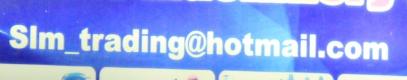
slm_trading@hotmail.com